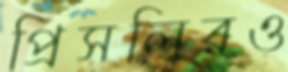
প্রিসলিরও